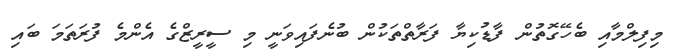
މިފިލްމާއި ބެހޭގޮތުން ފާޑުކިޔާ ފަރާތްތަކުން ބުނެފައިވަނީ މި ސީރީޒްގެ އެންމެ ފުރަތަމަ ބައި